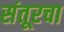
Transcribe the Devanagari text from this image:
संतूरचा